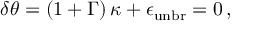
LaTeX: \delta \theta = \left( 1 + \Gamma \right) \kappa + \epsilon _ { \mathrm { u n b r } } = 0 \, ,